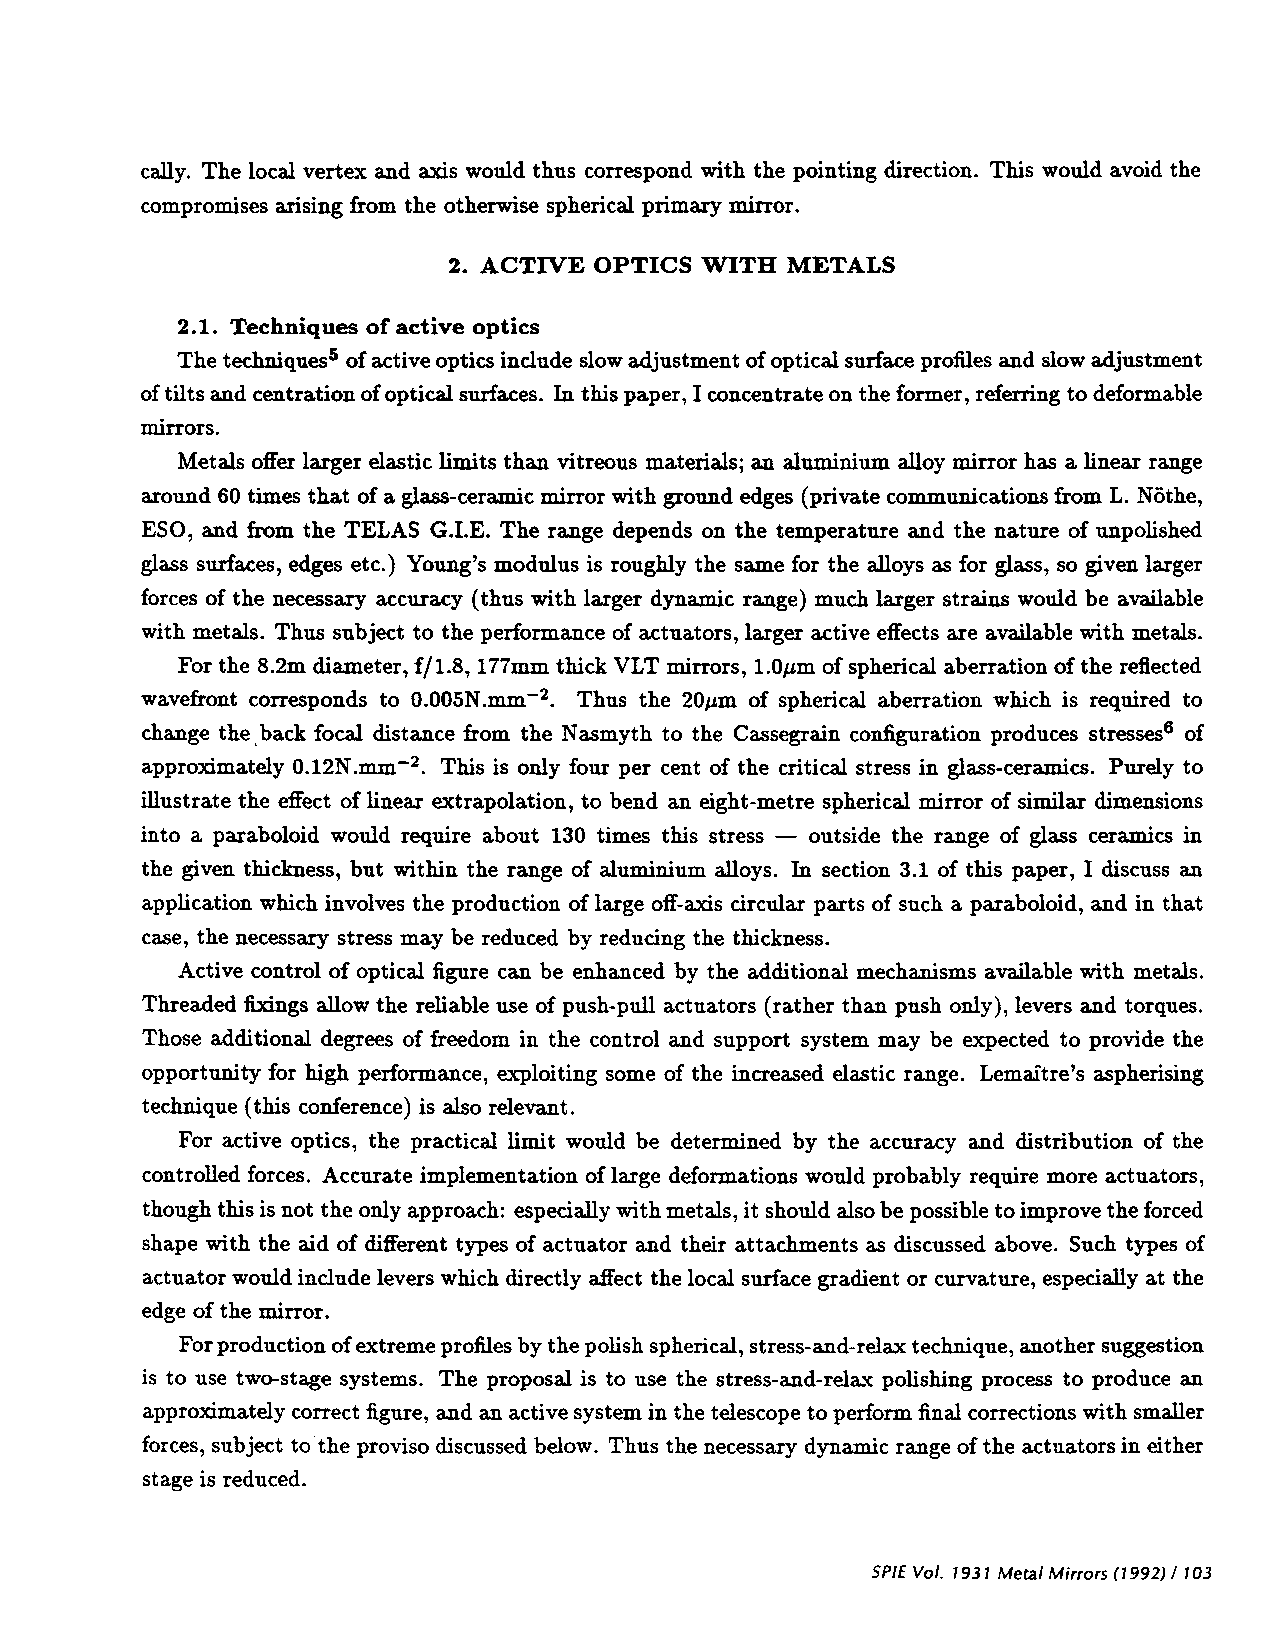
cafly. The local vertex and axis would thus correspond with the pointing direction. This would avoid the
 compromises arising from the otherwise spherical primary mirror.
 2. ACTIVE OPTICS WITH METALS
 2.1. Techniques of' active optics
 The techniques5 of active optics indude slow adjustment of optical surface profiles and slow adjustment
 of tilts and centration of optical surfaces. Lu this paper, I concentrate on the former, referring to deformable
 mirrors.
 Metals offer larger elastic limits than vitreous materials; an aluminium alloy mirror has a linear range
 around 60 times that of a glass-ceramic mirror with ground edges (private communications from L. Nöthe,
 ESO, and from the TELAS G.I.E. The range depends on the temperature and the nature of unpolished
 gl ass surfaces, edges etc.) Young's modulus is roughly the same for the alloys as for glass, so given larger
 forces of the necessary accuracy (thus with larger dynamic range) much larger strains would be available
 with metals. Thus subject to the performance of actuators, larger active effects are available with metals.
 For the 8.2m diameter, ff1.8, 177mm thick VLT mirrors, 1.Ojim of spherical aberration of the reflected
 wavefront corresponds to O.005N.mm2. Thus the 2Ojzm of spherical aberration which is required to
 change the back focal distance from the Nasmyth to the Cassegrain configuration produces stresses6 of
 approximately O.12N.mm2. This is only four per cent of the critical stress in glass-ceramics. Purely to
 illustrate the effect of linear extrapolation, to bend an eight-metre spherical mirror of similar dimensions
 into a paraboloid would require about 130 times this stress —outside the range of glass ceramics in
 the given thickness, but within the range of aluminium alloys. In section 3.1 of this paper, I discuss an
 application which involves the production of large off-axis circular parts of such a paraboloid, and in that
 case, the necessary stress may be reduced by reducing the thickness.
 Active control of optical figure can be enhanced by the additional mechanisms available with metals.
 Threaded fixings allow the reliable use of push-pull actuators (rather than push only), levers and torques.
 Those additional degrees of freedom in the control and support system may be expected to provide the
 opportunity for high performance, exploiting some of the increased elastic range. Lemaitre's aspherising
 technique (this conference) is also relevant.
 For active optics, the practical limit would be determined by the accuracy and distribution of the
 controlled forces. Accurate implementation of large deformations would probably require more actuators,
 though this is not the only approach: especially with metals, it should also be possible to improve the forced
 shape with the aid of different types of actuator and their attachments as discussed above. Such types of
 actuator would indude levers which directly affect the local surface gradient or curvature, especially at the
 edge of the mirror.
 For production of extreme profiles by the polish spherical, stress-and-relax technique, another suggestion
 is to use two-stage systems. The proposal is to use the stress-and-relax polishing process to produce an
 approximately correct figure, and an active system in the telescope to perform final corrections with smaller
 forces, subject to the proviso discussed below. Thus the necessary dynamic range of the actuators in either
 stage is reduced.
 SPIEVol. 1931 MetalMirrors(1992)/103